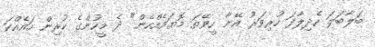
ބަލާބަލަ ހެދިލާފަ ހުރިވަރު އޭނާ ހީވޭތަ މޮޔައެއްހެން" ދެ މީހުންގެ ކުރިން ހައެއްކަ